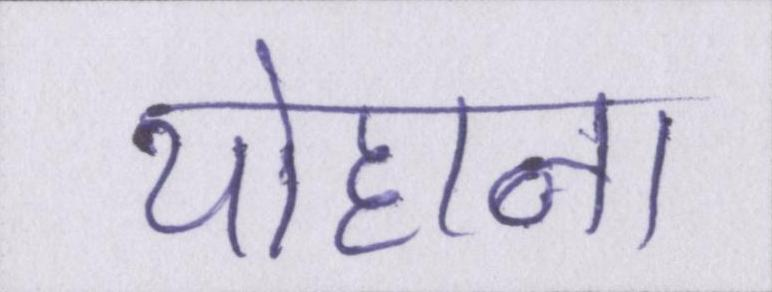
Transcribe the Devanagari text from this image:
योहाना